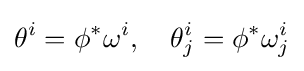
\theta ^{i}=\phi ^{*}\omega ^{i},\quad \theta _{j}^{i}=\phi ^{*}\omega _{j}^{i}